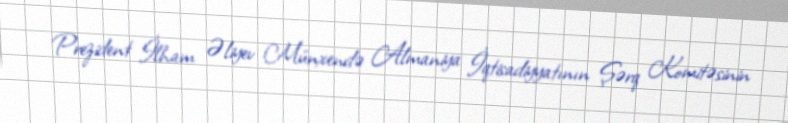
Prezident İlham Əliyev Münxendə Almaniya İqtisadiyyatının Şərq Komitəsinin